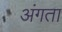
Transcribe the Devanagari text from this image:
अंगता